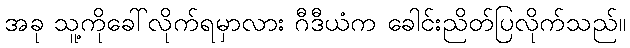
အခု သူ့ကိုခေါ်လိုက်ရမှာလား ဂီဒီယံက ခေါင်းညိတ်ပြလိုက်သည်။